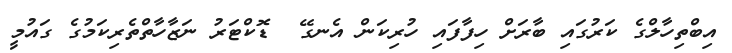
އިބްތިހާލްގެ ކަރުގައި ބާރަށް ހިފާފައި ހުރިކަން އެނގޭ  ޑޮކްޓަރު ނަޒާހާތްތެރިކަމުގެ ގައުމީ